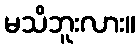
မသိဘူးလား။